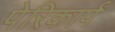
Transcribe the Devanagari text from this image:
पेरिकार्प